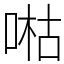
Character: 喖